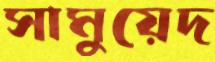
সামুয়েদ